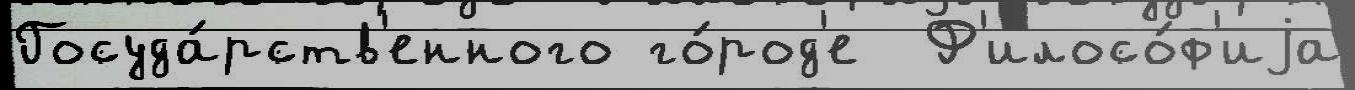
Госуда́рств'енного го́род'е  Ф'илосо́ф'иjа